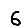
Digit: 6